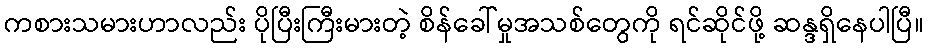
ကစားသမားဟာလည်း ပိုပြီးကြီးမားတဲ့ စိန်ခေါ်မှုအသစ်တွေကို ရင်ဆိုင်ဖို့ ဆန္ဒရှိနေပါပြီ။